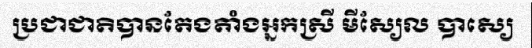
ប្រជាជាតិបានតែងតាំងអ្នកស្រី មីស្យែល បាស្យេ